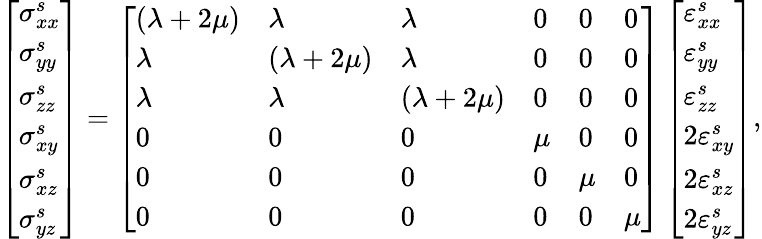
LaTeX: \begin{array}{r}{\left[\begin{array}{l}{\sigma_{xx}^{s}}\\ {\sigma_{yy}^{s}}\\ {\sigma_{zz}^{s}}\\ {\sigma_{xy}^{s}}\\ {\sigma_{xz}^{s}}\\ {\sigma_{yz}^{s}}\end{array}\right]=\left[\begin{array}{llllll}{(\lambda+2\mu)}&{\lambda}&{\lambda}&{0}&{0}&{0}\\ {\lambda}&{(\lambda+2\mu)}&{\lambda}&{0}&{0}&{0}\\ {\lambda}&{\lambda}&{(\lambda+2\mu)}&{0}&{0}&{0}\\ {0}&{0}&{0}&{\mu}&{0}&{0}\\ {0}&{0}&{0}&{0}&{\mu}&{0}\\ {0}&{0}&{0}&{0}&{0}&{\mu}\end{array}\right]\left[\begin{array}{l}{\varepsilon_{xx}^{s}}\\ {\varepsilon_{yy}^{s}}\\ {\varepsilon_{zz}^{s}}\\ {2\varepsilon_{xy}^{s}}\\ {2\varepsilon_{xz}^{s}}\\ {2\varepsilon_{yz}^{s}}\end{array}\right]}\end{array},